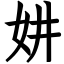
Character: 妌